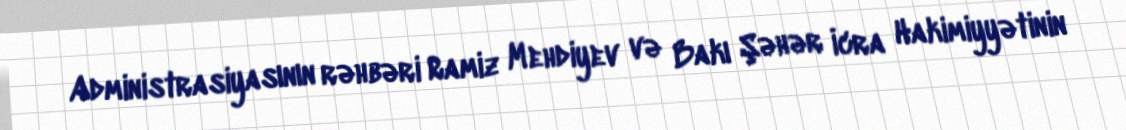
Administrasiyasının rəhbəri Ramiz Mehdiyev və Bakı Şəhər İcra Hakimiyyətinin